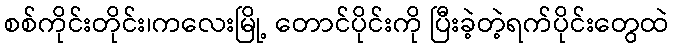
စစ်ကိုင်းတိုင်း၊ကလေးမြို့ တောင်ပိုင်းကို ပြီးခဲ့တဲ့ရက်ပိုင်းတွေထဲ